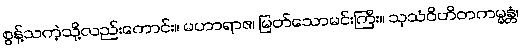
စွန့်သကဲ့သို့လည်းကောင်း။ မဟာရာဇ၊ မြတ်သောမင်းကြီး။ သုသံဝိဟိတကမ္မန္တံ၊